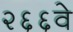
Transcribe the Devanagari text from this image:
२६६वे